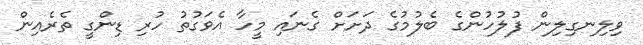
ވިލިނގިލިން ފުލުހުންގެ ބެލުމުގެ ދަށަށް ގެނައި މީހާ އެވަގުތު ހުރި ޑިންގީ ތެރެއިން